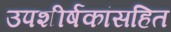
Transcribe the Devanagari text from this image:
उपशीर्षकांसहित